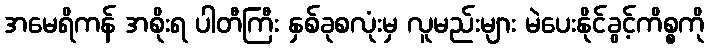
အမေရိကန် အစိုးရ ပါတီကြီး နှစ်ခုစလုံးမှ လူမည်းများ မဲပေးနိုင်ခွင့်ကိစ္စကို